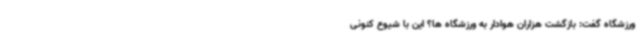
ورزشگاه گفت: بازگشت هزاران هوادار به ورزشگاه ها؟ این با شیوع کنونی